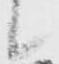
候